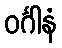
ဝင်္ဂါနံ